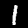
Digit: 1